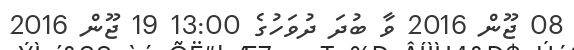
08 ޖޫން 2016 ވާ ބުދަ ދުވަހުގެ 13:00 19 ޖޫން 2016